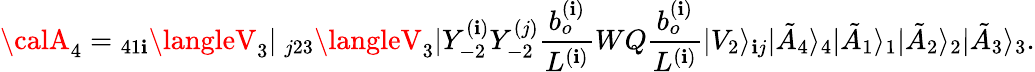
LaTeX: {\calA}_{4}={}_{41\mathbf{i}}\langleV_{3}|~_{j23}\langleV_{3}|Y_{-2}^{(\mathbf{i})}Y_{-2}^{(j)}\frac{{b_{o}^{(\mathbf{i})}}}{{L^{(\mathbf{i})}}}WQ\frac{{b_{o}^{(\mathbf{i})}}}{{L^{(\mathbf{i})}}}|V_{2}\rangle_{\mathbf{i}j}|\tilde{{A}}_{4}\rangle_{4}|\tilde{{A}}_{1}\rangle_{1}|\tilde{{A}}_{2}\rangle_{2}|\tilde{{A}}_{3}\rangle_{3}.